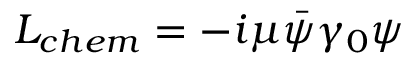
{ \cal L } _ { c h e m } = - i \mu \bar { \psi } \gamma _ { 0 } \psi